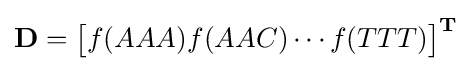
\mathbf {D} ={\begin{bmatrix}f(AAA)f(AAC)\cdots f(TTT)\end{bmatrix}}^{\mathbf {T} }